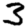
Digit: 3